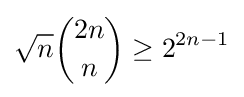
{\sqrt {n}}{2n \choose n}\geq 2^{2n-1}